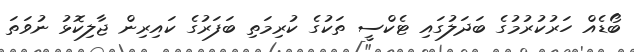
ބޯޑެއް ހަރުކުރުމުގެ ބަދަލުގައި ޓެކްސީ ތަކުގެ ކުރިމަތި ބަފަރުގެ ކައިރިން ޖާލިކޮޅު ނުވަތަ